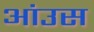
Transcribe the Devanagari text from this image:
आंउस